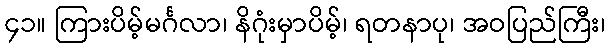
၄၁။ ကြားပိမ့်မင်္ဂလာ၊ နိဂုံးမှာပိမ့်၊ ရတနာပု၊ အဝပြည်ကြီး၊